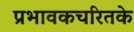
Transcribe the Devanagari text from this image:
प्रभावकचरितके